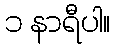
၁ နာရီပါ။